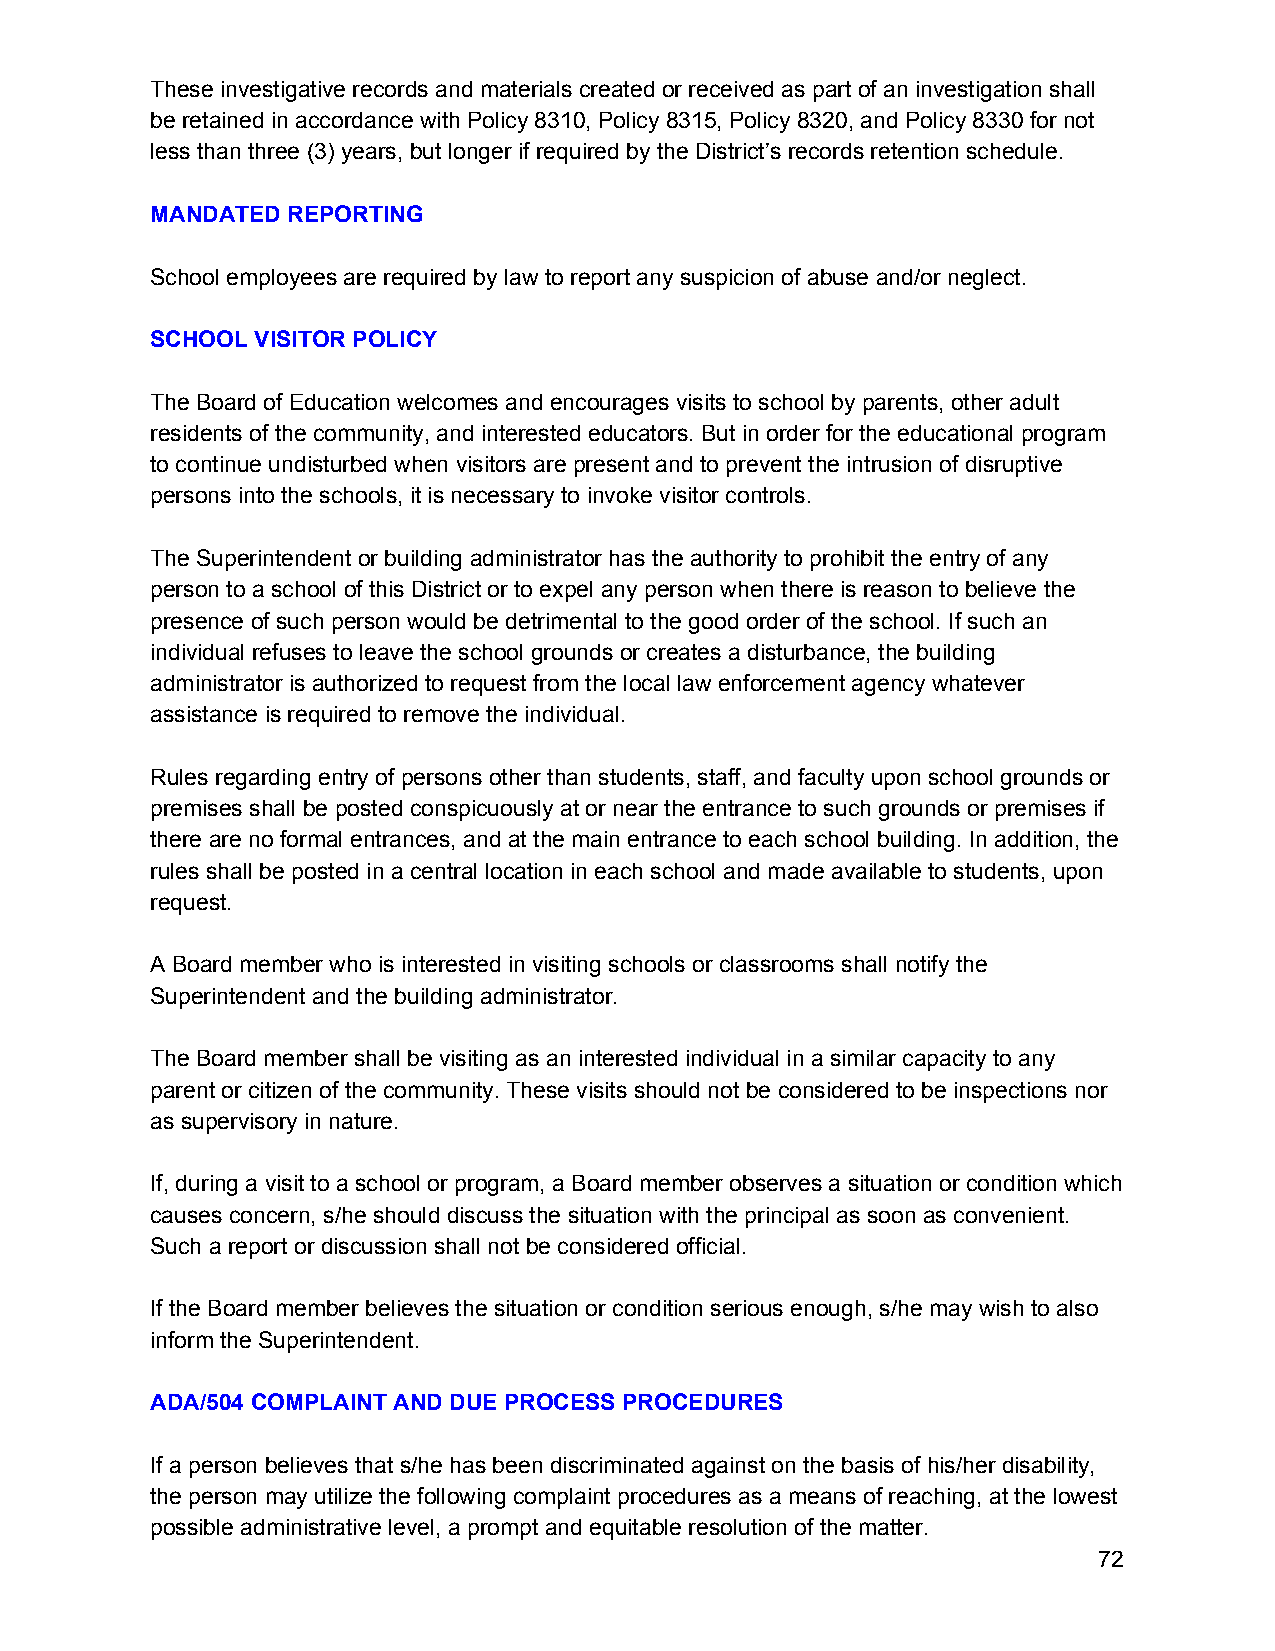
These investigative records and materials created or received as part of an investigation shall
 be retained in accordance with Policy 8310, Policy 8315, Policy 8320, and Policy 8330 for not
 less than three (3) years, but longer if required by the District’s records retention schedule.
 MANDATED REPORTING
 School employees are required by law to report any suspicion of abuse and/or neglect.
 SCHOOL VISITOR POLICY
 The Board of Education welcomes and encourages visits to school by parents, other adult
 residents of the community, and interested educators. But in order for the educational program
 to continue undisturbed when visitors are present and to prevent the intrusion of disruptive
 persons into the schools, it is necessary to invoke visitor controls.
 The Superintendent or building administrator has the authority to prohibit the entry of any
 person to a school of this District or to expel any person when there is reason to believe the
 presence of such person would be detrimental to the good order of the school. If such an
 individual refuses to leave the school grounds or creates a disturbance, the building
 administrator is authorized to request from the local law enforcement agency whatever
 assistance is required to remove the individual.
 Rules regarding entry of persons other than students, staff, and faculty upon school grounds or
 premises shall be posted conspicuously at or near the entrance to such grounds or premises if
 there are no formal entrances, and at the main entrance to each school building. In addition, the
 rules shall be posted in a central location in each school and made available to students, upon
 request.
 A Board member who is interested in visiting schools or classrooms shall notify the
 Superintendent and the building administrator.
 The Board member shall be visiting as an interested individual in a similar capacity to any
 parent or citizen of the community. These visits should not be considered to be inspections nor
 as supervisory in nature.
 If, during a visit to a school or program, a Board member observes a situation or condition which
 causes concern, s/he should discuss the situation with the principal as soon as convenient.
 Such a report or discussion shall not be considered official.
 If the Board member believes the situation or condition serious enough, s/he may wish to also
 inform the Superintendent.
 ADA/504 COMPLAINT AND DUE PROCESS PROCEDURES
 If a person believes that s/he has been discriminated against on the basis of his/her disability,
 the person may utilize the following complaint procedures as a means of reaching, at the lowest
 possible administrative level, a prompt and equitable resolution of the matter.
 72